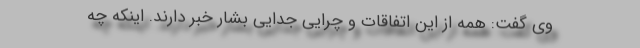
وی گفت: همه از این اتفاقات و چرایی جدایی بشار خبر دارند. اینکه چه